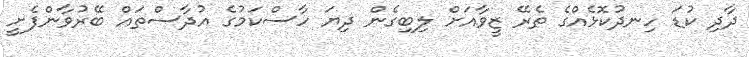
ދާދި ކުޑަ ހިނދުކޮޅެއްގެ ތެރޭ ޒީވާއަށް ލިބިގެން ދިޔަ ހާސްކަމުގެ އުދާސްތައް ބޭރުވާންފެށީ